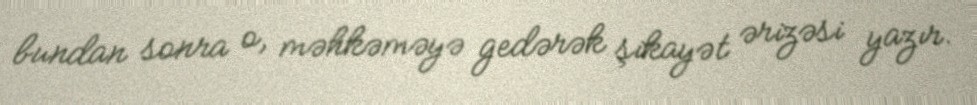
bundan sonra o, məhkəməyə gedərək şikayət ərizəsi yazır.